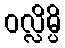
ဝလ္လိမ္ပိ